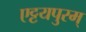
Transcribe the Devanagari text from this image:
एट्टयपुरम्